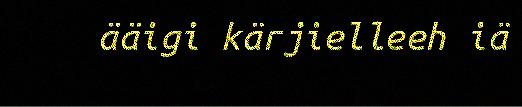
ääigi kärjielleeh iä